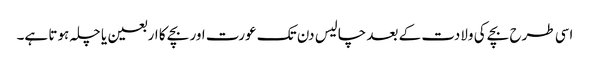
اسی طرح بچے کی ولادت کے بعد چالیس دن تک عورت اور بچے کا اربعین یا چلہ ہوتا ہے۔